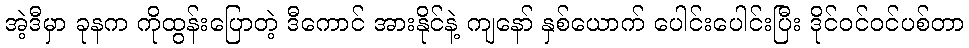
အဲ့ဒီမှာ ခုနက ကိုထွန်းပြောတဲ့ ဒီကောင် အားနိုင်နဲ့ ကျနော် နှစ်ယောက် ပေါင်းပေါင်းပြီး ဒိုင်ဝင်ဝင်ပစ်တာ